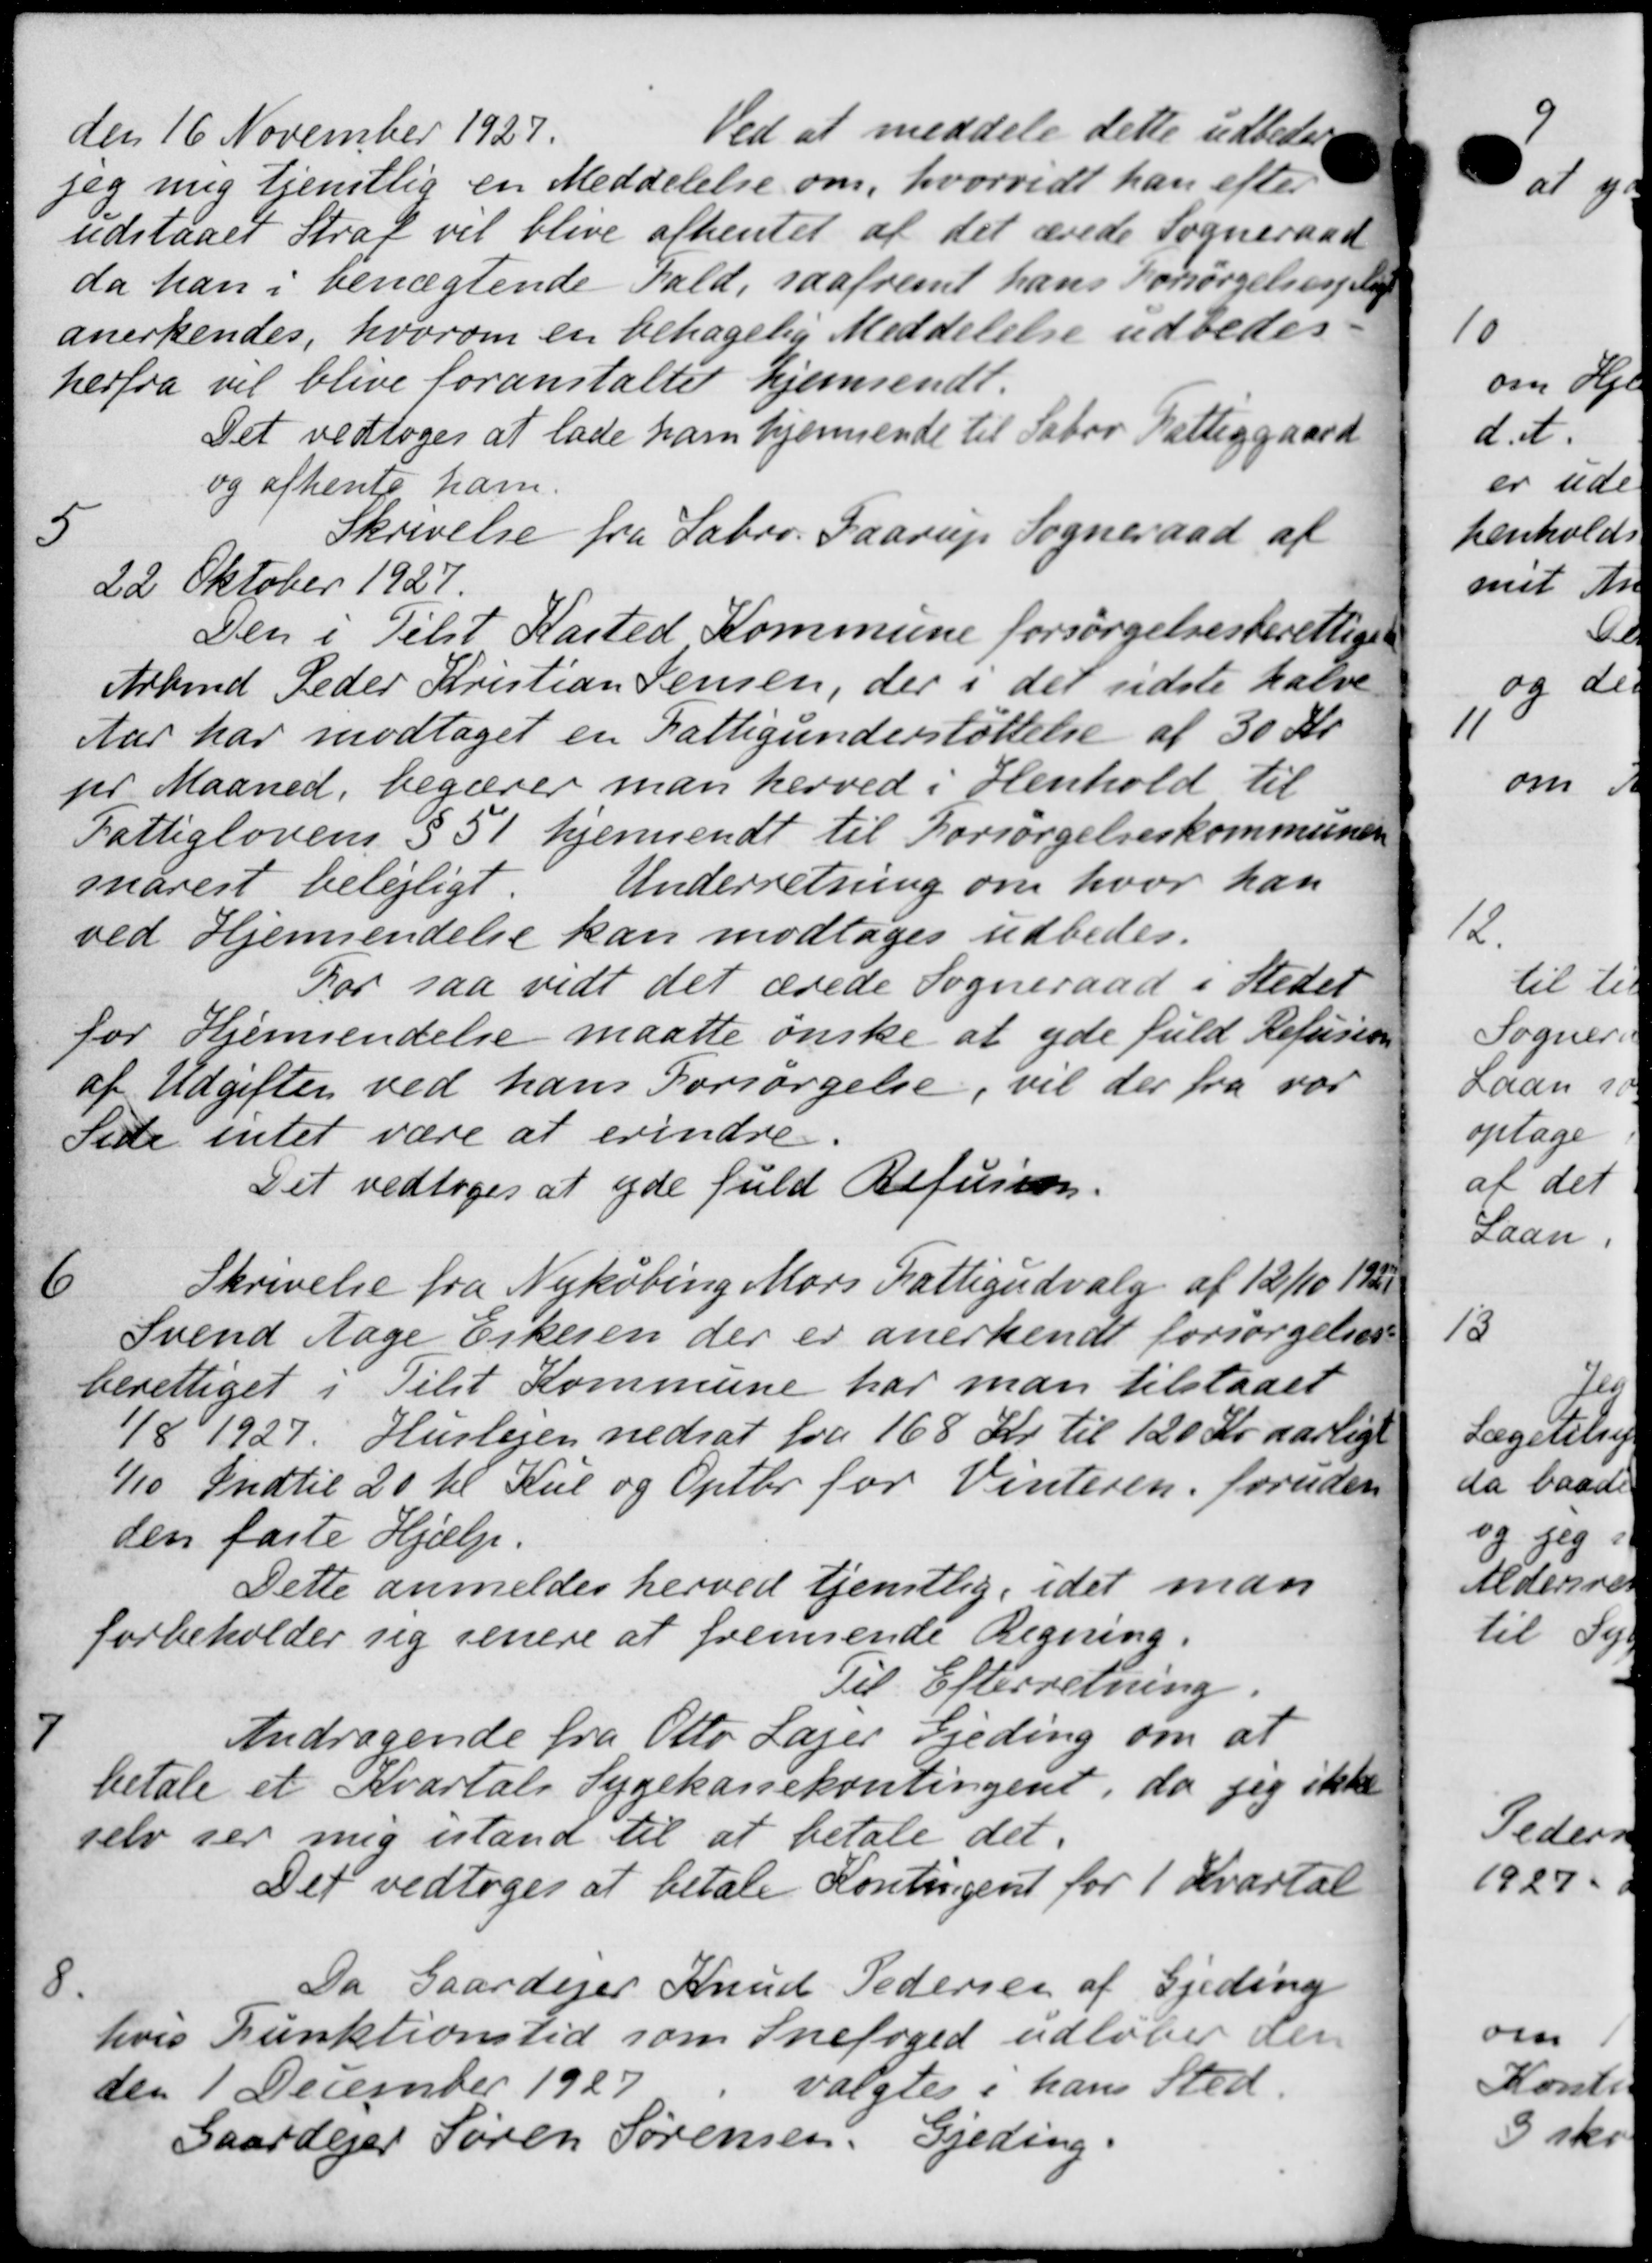
Transskription:
den 16 November 1927.
Ved at meddele dette udbetal
jeg mig tjenstlig en Meddelelse om, hvorvidt han efter
udstaaet Straf vil blive afhentet af det ærede Sogneraad
da han i benægtende Fald, saafremt hans Forsørgelsespligt
anerkendes, hvorom en behagelig Meddelelse udbedes.
herfra vil blive foranstaltet hjemsendt.
Det vedtoges at lade ham hjemmende til Sabor Fattiggaard
og afhente ham
5
Skrivelse fra Sabro Faarup Sogneraad af
22 Oktober 1927.
Den i Tilst Kasted Kommune forsørgelsesberettiget
Arbmd Peder Kristian Jensen, der i det sidste halve
Aar har modtaget en Fattigunderstøttelse af 30 Kr.
pr Maaned, begærer man herved i Henhold til
Fattiglovens § 51 hjemsendt til Forsørgelseskommunen
snarest belejligt
Underretning om hvor han
ved Hjemsendelse kan modtages udbedes.
For saa vidt det ærede Sogneraad i Stedet
for Hjemsendelse maatte ønske at yde fuld Refusion
af Udgiften ved hans Forsørgelse, vil der fra var
Sette intet være at erindre.
Det vedtoges at yde fuld Refusion.

Skrivelse fra Nykøbing Mors Fattigudvalg af 12/10 192
Svend Aage Eskesen der er anerkendt forsørgelses-
berettiget i Tilst Kommune har man tilstaaet
1/8 1927. Huslejen nedsat fra 168 Kr. til 120 Kr aarligt
1/10 Indtil 20 til Kul og Optbr for Vinteren foruden
den faste Hjælp.
Dette anmeldes herved tjenstlig, idet man
forbeholder sig senere at fremsende Regning.
Til Efterretning.

Andragende fra Otto Lager Fjeding om at
betale et Kvartals Sygekassekontingent, da jeg ikke
selv ser mig istand til at betale det.
Det vedtoges at betale Kontingent for 1 Kvartal

Da Gaardejer Knud Pedersen af Gjeding
hvis Funktionstid som Snefoged udløber den
den 1 December 1927
valgtes i hans Sted.
Gaardejer Søren Sørensen, Gjeding.